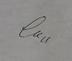
Signature authenticity: genuine